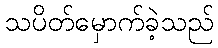
သပိတ်မှောက်ခဲ့သည်